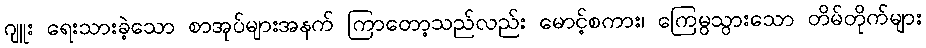
ဂျူး ရေးသားခဲ့သော စာအုပ်များအနက် ကြာတော့သည်လည်း မောင့်စကား၊ ကြေမွသွားသော တိမ်တိုက်များ